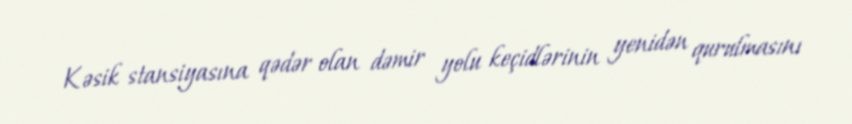
Kəsik stansiyasına qədər olan dəmir yolu keçidlərinin yenidən qurulmasını